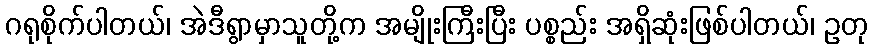
ဂရုစိုက်ပါတယ်၊ အဲဒီရွာမှာသူတို့က အမျိုးကြီးပြီး ပစ္စည်း အရှိဆုံးဖြစ်ပါတယ်၊ ဥတု